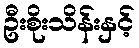
ဦးစိုးသိန်းနှင့်